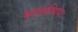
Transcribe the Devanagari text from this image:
शताधिपः